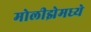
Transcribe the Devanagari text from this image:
मोलीझेमध्ये